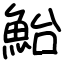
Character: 鮐